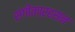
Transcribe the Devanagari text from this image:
संगीतप्रहसन